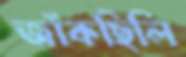
জাঁকছিলি